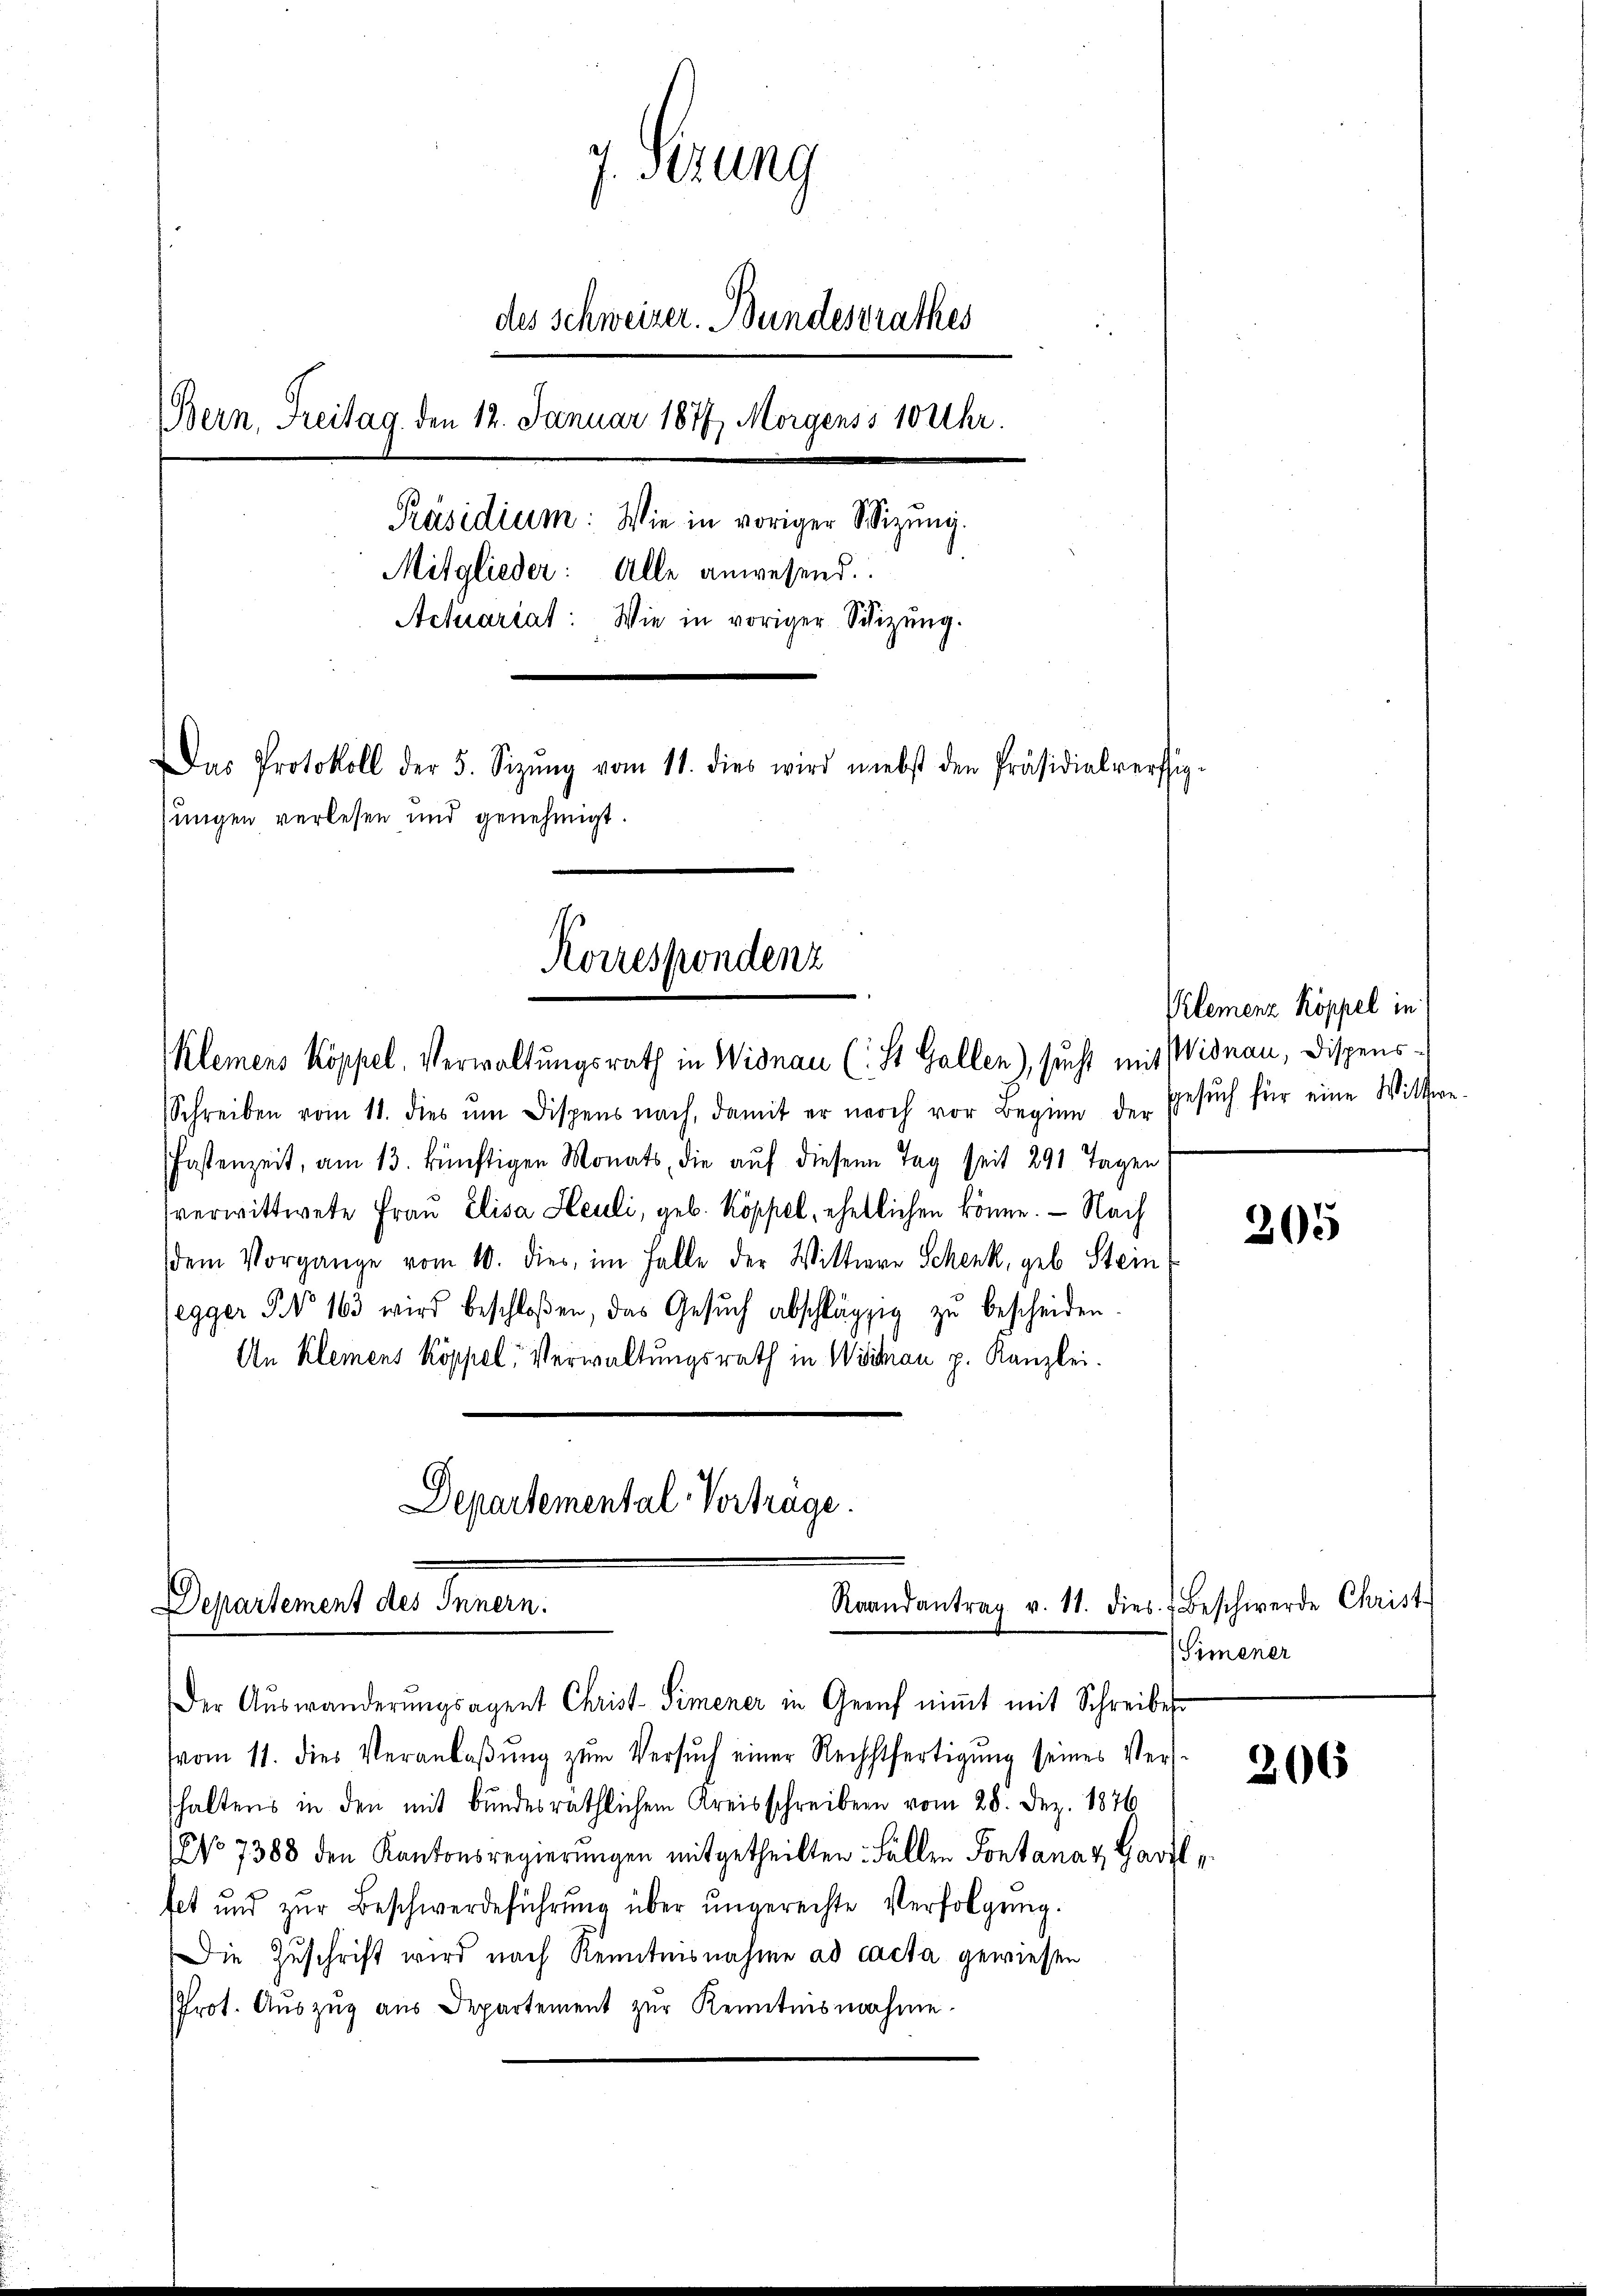
g. Perung
des Schweizer. Bundesrathes
Bern, Freitag, den 12. Januar 1877, Morgenss 10 Uhr.
Präsidium: Wie in voriger Wizung.
Mitglieder: Alle anwesend.
Actuariat: Wie in voriger Schizung.
Das Protokoll der 5. Sizŭng vom 11. dies wird nebst den Präsidialverstig-
sungen verlesen und genehmigt.
Korrespondenz

Klemens Koppel, Verwaltungsrath in Widnau (: St. Gallen), sucht mit Wisnau, Dispens¬
Schreiben vom 11. dies um Dispens nach, damit er noch vor Beginn der
Fastenzeit, am 13. künftigen Monats, die auf diesen Tag seit 291 Tagen
verwittwete Frau Elisa Heuli, geb. Koppel, ehelichen könne. — Nach
(dem Vorgange vom 10. dies, im Falle der Wittwer Schenk, geb. Stein
legger No 163 wird beschloßen, das Gesŭch abschlägig zŭ bescheiden.
An Kleinens Koppel, Verwaltungsrath in Wisman p. Kanzlei.

Departemental Vortrage.

Departinert des Innern.
Raandantrag v. 11. dies Beschwerde Christ

Der Auswanderŭngsagent Christ Simener in Geruf nimmt mit Schreibes
vom 11. dies Veranlaßung zum Versuch einer Rechtfertigung seines Ver-
haltens in den mit bundesräthlichem Kreisschreiben vom 28. Dez. 1876
No 7388 den Kantonsregierŭngen mitgetheilten Fällen Sontanaz Harthet und zŭr Beschwerdeführung über ungerechte Verfolgung.
Die Zuschrift wird nach Kenntnisnahme ad cacta gewiesen
Prot. Aŭszŭg aŭs Departement zur Kenntnisnahme.

(Simener
206

Klemenz Koppel in
Gesuch für eine Wittwe¬

305